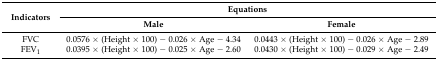
| <ROWSPAN=2> Indicators | <COLSPAN=2> Equations |
 | Male | Female |
 | --- | --- | --- |
 | FVC | 0.0576 × (Height × 100) − 0.026 × Age − 4.34 | 0.0443 × (Height × 100) − 0.026 × Age − 2.89 |
 | FEV1 | 0.0395 × (Height × 100) − 0.025 × Age − 2.60 | 0.0430 × (Height × 100) − 0.029 × Age − 2.49 |